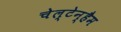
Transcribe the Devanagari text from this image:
चेल्टेन्हैम